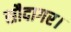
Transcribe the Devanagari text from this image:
सौदागर।